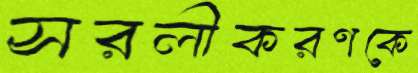
সরলীকরণকে